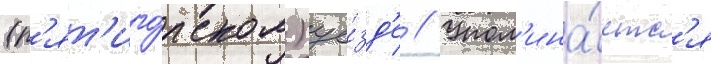
(п'ят'иго́рском) уе́зд'е // Упом'ина́етс'я